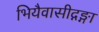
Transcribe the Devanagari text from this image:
भियैवासीद्गङ्गा